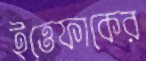
ইত্তেফাকের